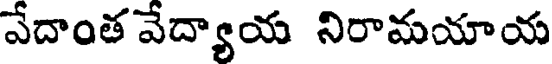
వేదాంత వేద్యాయ నిరామయాయ